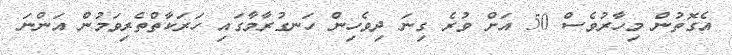
އެގޮތުން މިހާރުވެސް 50 އަށް ވުރެ ގިނަ ދިވެހިން ހަނގުރާމާގައި ހަރަކާތްތެރިވަމުން އަންނަ